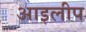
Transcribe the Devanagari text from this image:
आइलीप